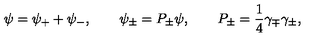
\psi = \psi _ { + } + \psi _ { - } , \qquad \psi _ { \pm } = P _ { \pm } \psi , \qquad P _ { \pm } = \frac { 1 } { 4 } \gamma _ { \mp } \gamma _ { \pm } ,